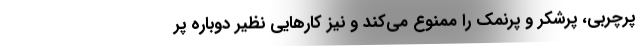
پرچربی، پرشکر و پرنمک را ممنوع می‌کند و نیز کارهایی نظیر دوباره پُر